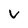
Character: v